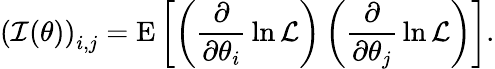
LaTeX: {({\mathcal{I}}(\theta))}_{i,j}=\operatorname{E}\left[\left({\frac{\partial}{\partial\theta_{i}}}\ln{\mathcal{L}}\right)\left({\frac{\partial}{\partial\theta_{j}}}\ln{\mathcal{L}}\right)\right].